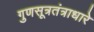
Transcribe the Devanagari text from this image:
गुणसूत्रतंत्राधारे